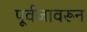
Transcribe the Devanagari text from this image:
पूर्वजावरून